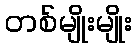
တစ်မျိုးမျိုး